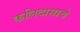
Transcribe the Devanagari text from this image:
कलिदासाचे